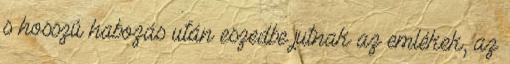
s hosszú habozás után eszedbe jutnak az emlékek, az